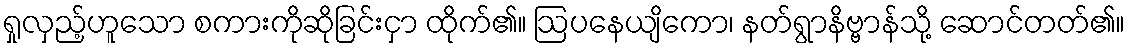
ရှုလှည့်ဟူသော စကားကိုဆိုခြင်းငှာ ထိုက်၏။ ဩပနေယျိကော၊ နတ်ရွာနိဗ္ဗာန်သို့ ဆောင်တတ်၏။